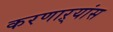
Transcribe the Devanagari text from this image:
करणाऱ्यांस